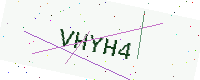
Text: VHYH4